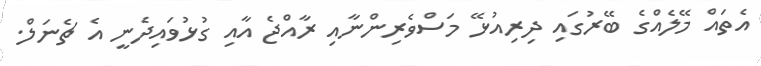
އެތައް މޭލެއްގެ ބޭރުގައި ދިރިއުޅޭ މަސްވެރިންނާއި ރާއްޖެ އާއި ގުޅުވައިދެނީ އެ ޗެނަލް.